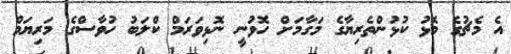
އެ މެޗުގެ މޮޅު ކުޅުންތެރިޔާގެ މަގާމަށް ހޮވުނީ ނޮޅިވަރަމް ކްލަބު ހުވާސްގެ މަރިޔަމް